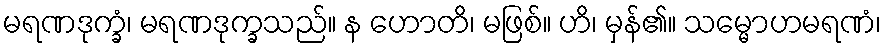
မရဏဒုက္ခံ၊ မရဏဒုက္ခသည်။ န ဟောတိ၊ မဖြစ်။ ဟိ၊ မှန်၏။ သမ္မောဟမရဏံ၊